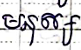
មនុស្ស